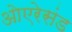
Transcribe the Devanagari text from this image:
ओएरेसंड